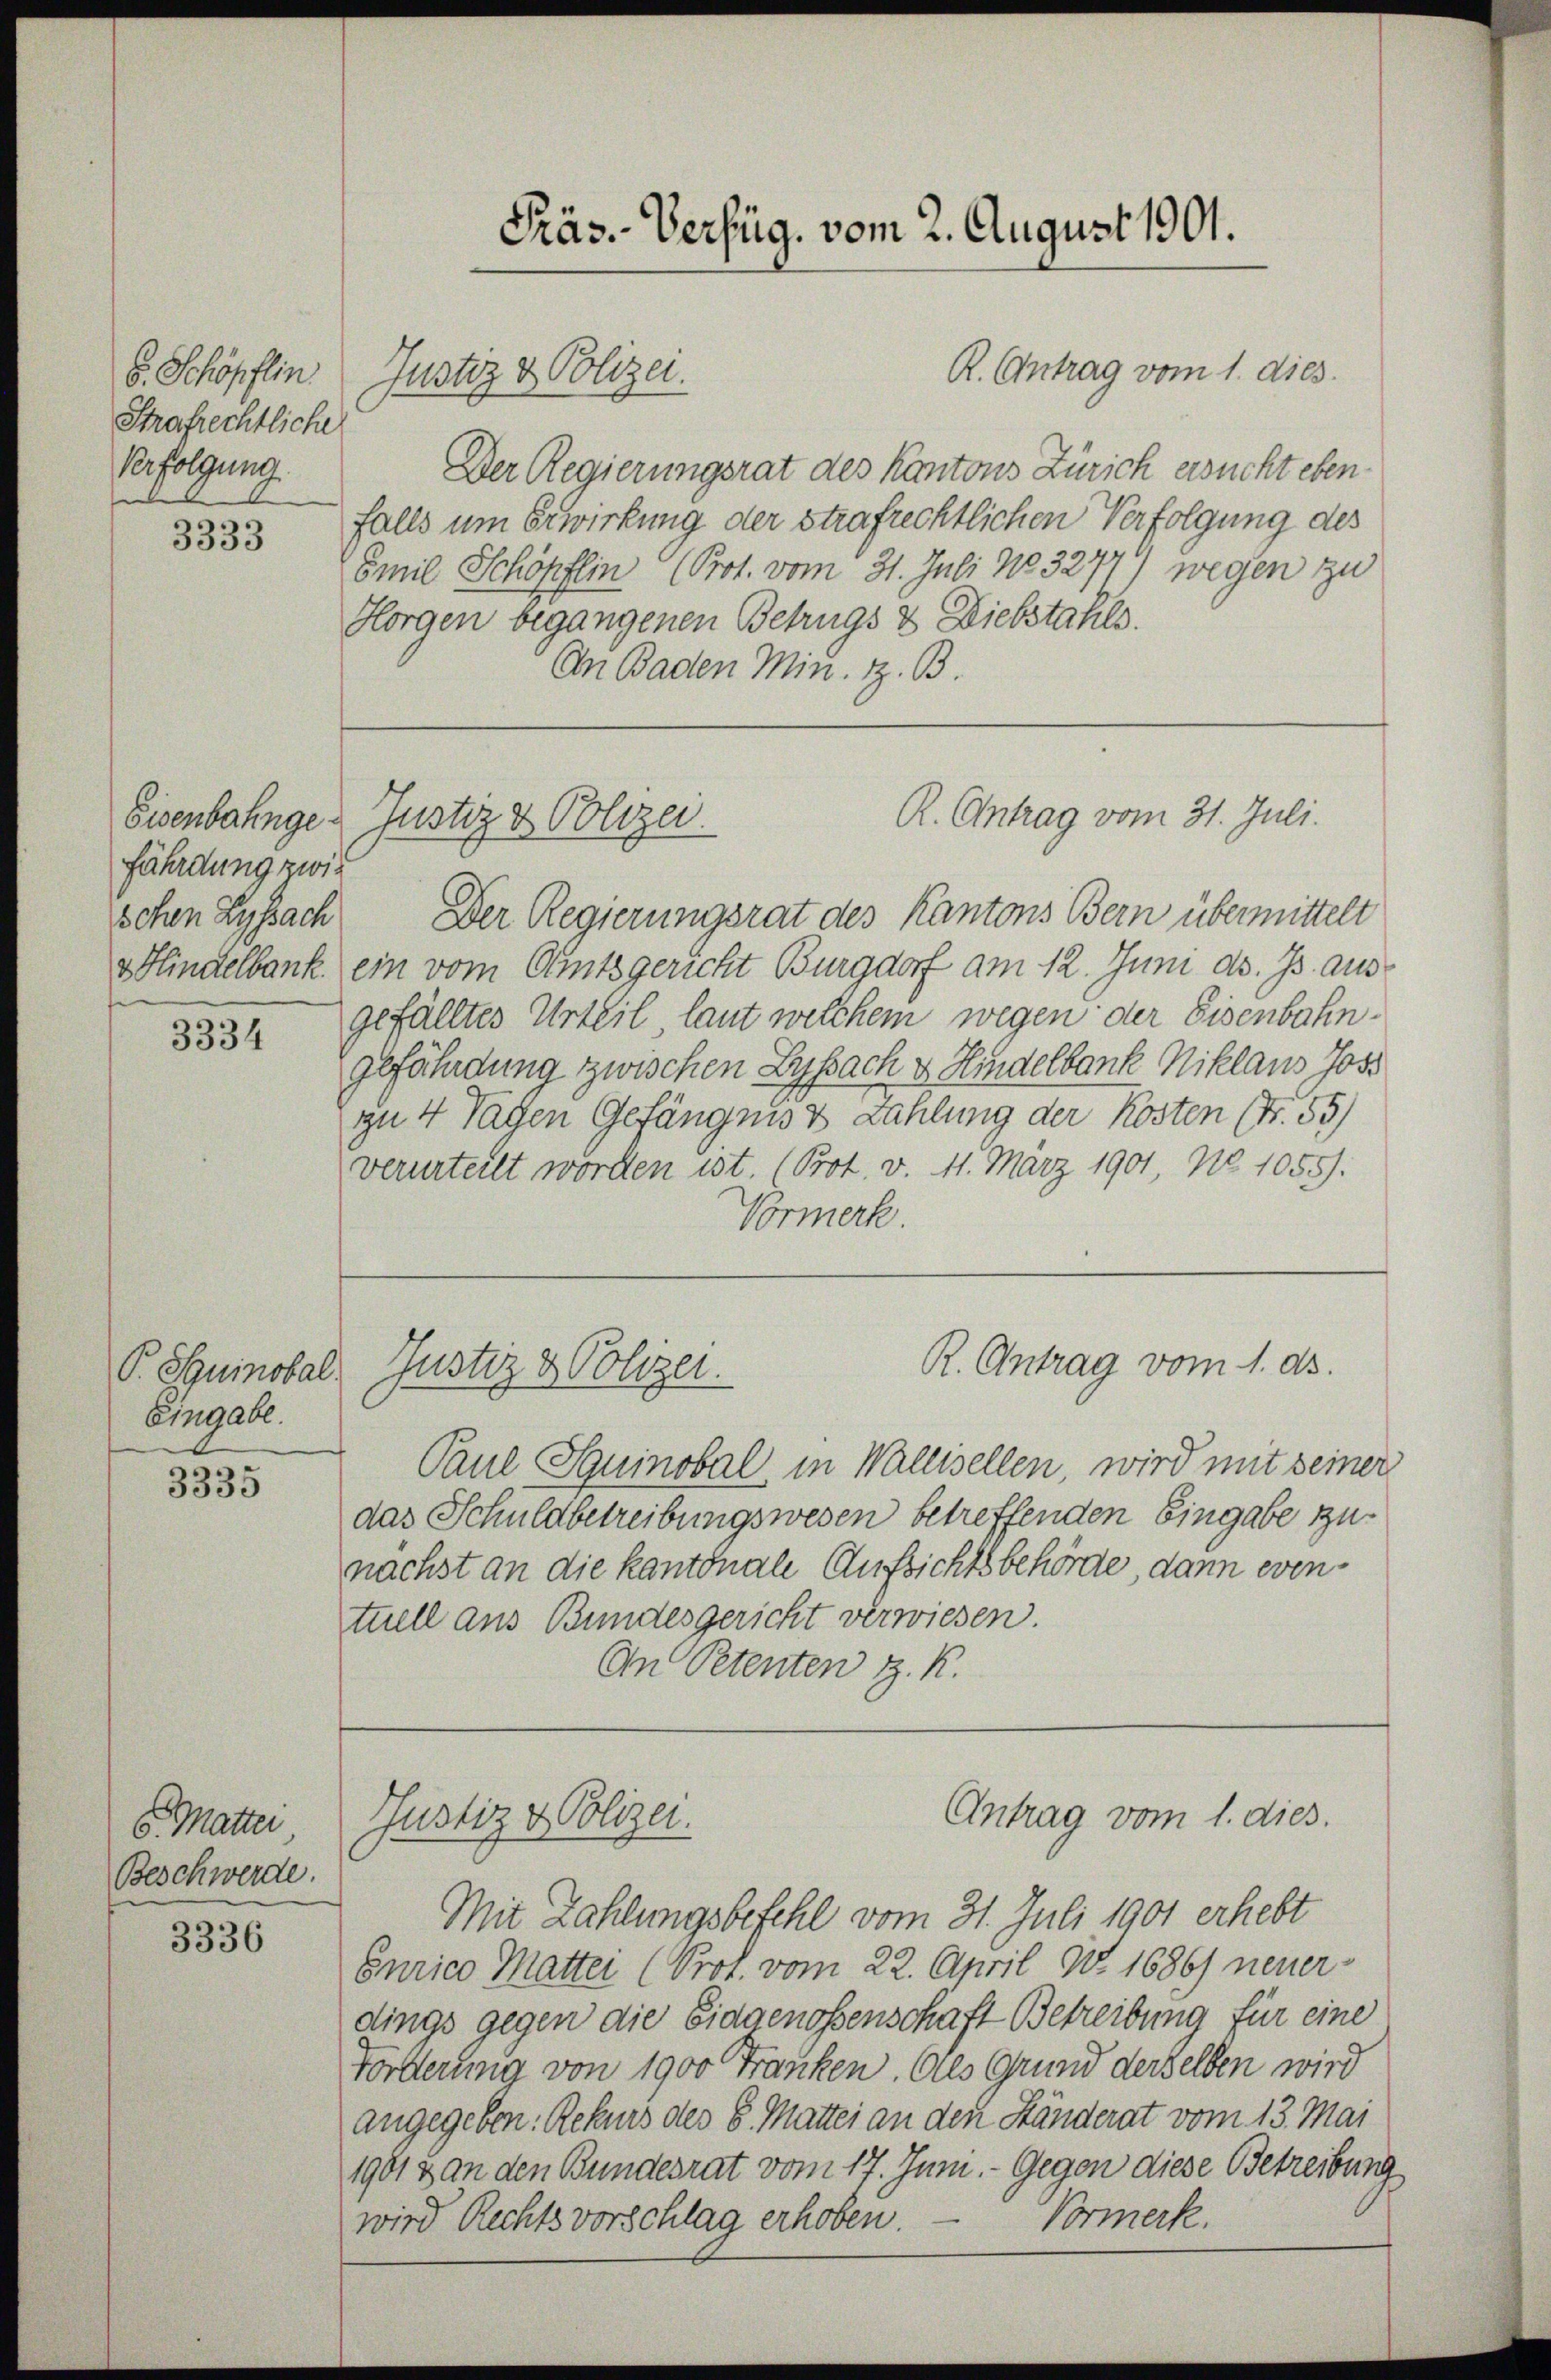
Strafrechtliche
Verfolgung.

3333

fährdung zwis
schen Lyssach

3334

Eingabe.
.

3535

6. Mattei
Beschwerde.

3336

Präs. Verfüg, vom 2. August 1901.

Der Regierungsrat des Kantons Zürich ersucht ebenfalls um Erwirkung der strafrechtlichen Verfolgung des
Emil Schöpflin (Prot. vom 31. Juli 183277) wegen zu
Horgen begangenen Betrugs & Diebstahls.
An Baden Min. z. B.

8. Schöpflin Justiz & Polizei.

R. Antrag vom 1. dies.

R. Antrag vom 31. Juli.
Eisenbahnge Justiz & Polizei.

R. Antrag vom 1. ds.
P. Suinobel, Justiz & Polizei.

Der Regierungsrat des Kantons Bern übermittelt
v Hindelbank ein vom Amtsgericht Burgdorf am 12. Juni ds. Js. ausgefälltes Urteil laut welchem wegen der Eisenbahngefährdung zwischen Lyssach & Hindelbank Niklaus Jose
zu 4 Tagen Gefängnis & Zahlung der Kosten (Nr. 55)
verurteilt worden ist. (Prot. v. 11. März 1901, No 1055).
Vormerk.

Paul Souinobel, in Wallisellen, wird mit seiner
das Schuldbetreibungswesen betreffenden Eingabe zunächst an die kantonale Aufsichtsbehörde, dann eventuell aus Bundesgericht verwiesen.
An Petenten z. K.

Antrag vom 1. dies.
Justiz & Polizei.
Mit Zahlungsbefehl vom 31. Juli 1901 erhebt

Curico Mattei (Prof. vom 22. April d. 1686) neuerdings gegen die Eidgenossenschaft Betreibung für eine
Forderung von 1900 Franken. Als Grund derselben wird
angegeben. Rekurs des 8. Mattei an den Ständerat vom 13. Mai
1901 & an den Bundesrat vom 17. Juni. - Gegen diese Betreibung
Vormerk.
wird Rechtsvorschlag erhoben.